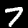
Digit: 7